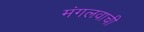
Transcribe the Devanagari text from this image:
मंगलवाची